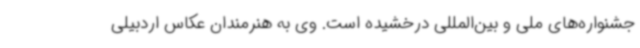
جشنواره‌های ملی و بین‌المللی درخشیده است. وی به هنرمندان عکاس اردبیلی